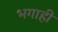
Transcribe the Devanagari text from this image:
भगाही